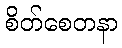
စိတ်စေတနာ